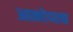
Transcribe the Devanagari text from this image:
आत्मोपरक